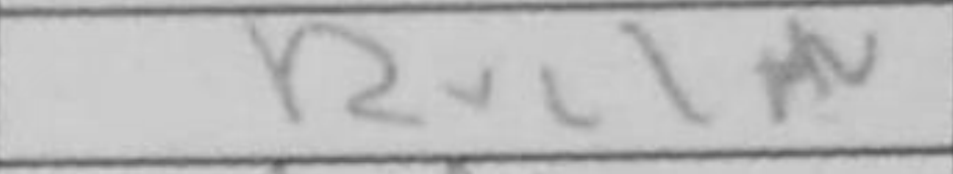
Transcription: Rxc1+